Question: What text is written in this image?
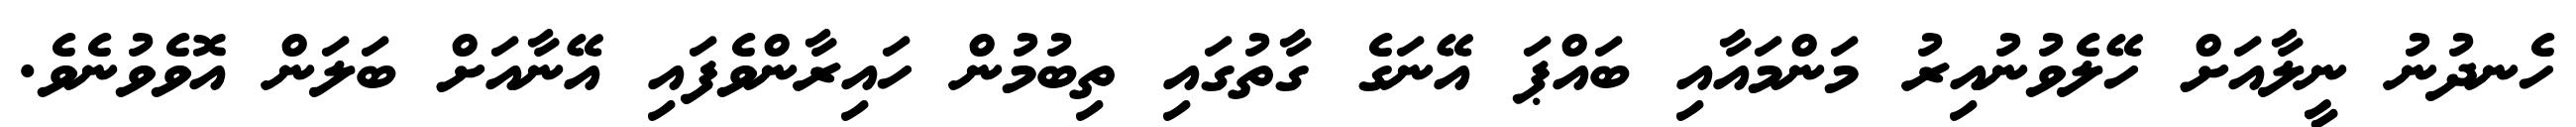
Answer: ހެނދުނު ނީލާއަށް ހޭލެވުނުއިރު މަންމައާއި ބައްޕަ އޭނަގެ ގާތުގައި ތިބުމުން ހައިރާންވެފައި އޭނާއަށް ބަލަން އޮވެވުނެވެ.